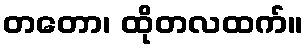
တတော၊ ထိုတလထက်။